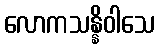
လောကသန္နိဝါသေ